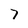
Character: 7